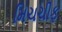
મિચચીફ